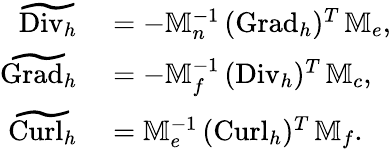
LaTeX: \begin{array}{rl}{\widetilde{\mathrm{Div}_{h}}}&{{}=-\mathbb{M}_{n}^{-1}\, ({\mathrm{Grad}_{h}})^{T}\, \mathbb{M}_{e},}\\ {\widetilde{\mathrm{Grad}_{h}}}&{{}=-\mathbb{M}_{f}^{-1}\, ({\mathrm{Div}_{h}})^{T}\, \mathbb{M}_{c},}\\ {\widetilde{\mathrm{Curl}_{h}}}&{{}=\mathbb{M}_{e}^{-1}\, ({\mathrm{Curl}_{h}})^{T}\, \mathbb{M}_{f}.}\end{array}